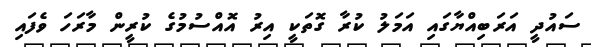
ސައުދީ އަރަބިއްޔާގައި އަމަލު ކުރާ ގޮތަކީ އިރު އޮއްސުމުގެ ކުރީން މާރަހަ ވެފައި